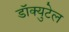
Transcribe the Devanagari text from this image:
डॉक्युटेल